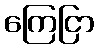
ကြေငြာ